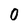
Character: 0